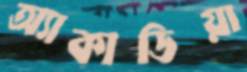
অ্যাকাডিয়া